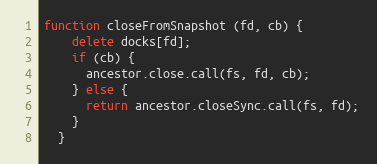
Language: JavaScript
function closeFromSnapshot (fd, cb) {
    delete docks[fd];
    if (cb) {
      ancestor.close.call(fs, fd, cb);
    } else {
      return ancestor.closeSync.call(fs, fd);
    }
  }